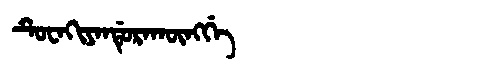
Manchu: ᡨᡠᠸᠠᡴᡳᠶᠠᠨᡩᡠᡵᠠᡴᡡᠩᡤᡝ
Romanization: TUWAKIYANDURAKŪNGGE